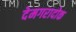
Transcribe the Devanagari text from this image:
देमगरादोक